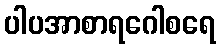
ပါပအာစာရဂေါစရေ